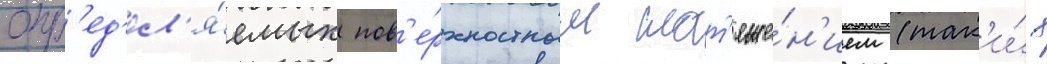
опр'ед'ел'я́емых пов'е́рхностным нат'яже́н'ием (так'и́х